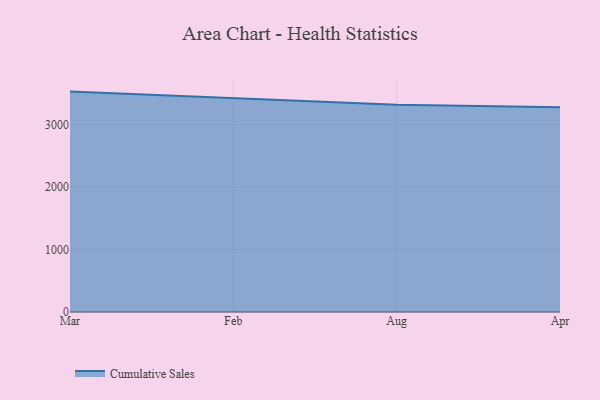
{"axis": {"x": "Month", "y": "Humidity (%)"}, "legend": ["Cumulative Sales"], "data": [{"x": "Mar", "y": 3530.5, "type": "Cumulative Sales"}, {"x": "Feb", "y": 3420.4, "type": "Cumulative Sales"}, {"x": "Aug", "y": 3319.2, "type": "Cumulative Sales"}, {"x": "Apr", "y": 3278.1, "type": "Cumulative Sales"}]}